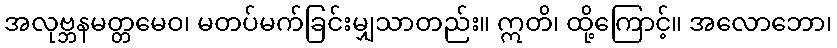
အလုဗ္ဘနမတ္တမေဝ၊ မတပ်မက်ခြင်းမျှသာတည်း။ ဣတိ၊ ထို့ကြောင့်။ အလောဘော၊